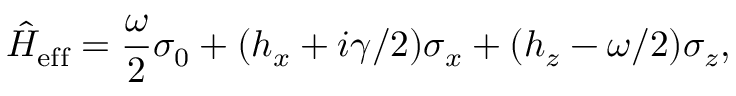
{ \hat { H } } _ { \mathrm { e f f } } = \frac { \omega } { 2 } \sigma _ { 0 } + ( h _ { x } + i \gamma / 2 ) \sigma _ { x } + ( h _ { z } - \omega / 2 ) \sigma _ { z } ,